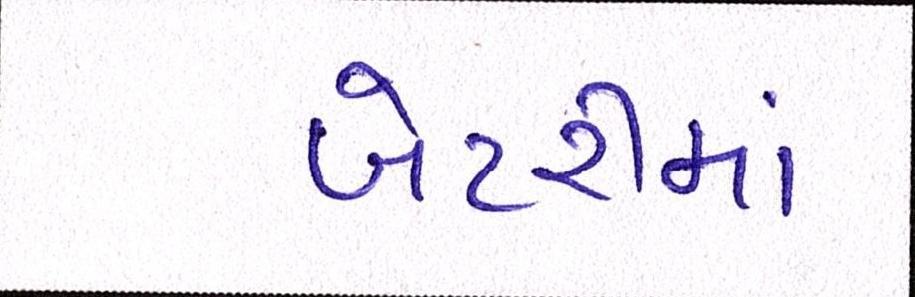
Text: બેટરીમાં